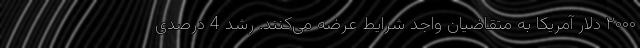
۲۰۰۰ دلار آمریکا به متقاضیان واجد شرایط عرضه می‌کنند. رشد 4 درصدی